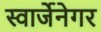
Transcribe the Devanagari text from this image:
स्वार्जेनेगर